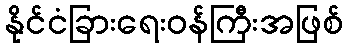
နိုင်ငံခြားရေးဝန်ကြီးအဖြစ်